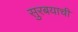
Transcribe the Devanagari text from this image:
सुरबयाची